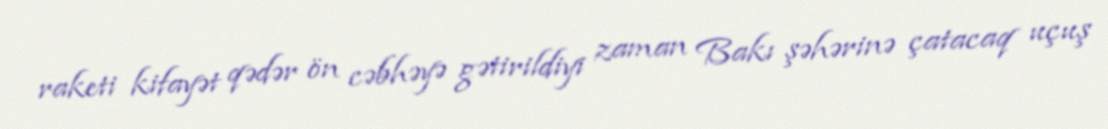
raketi kifayət qədər ön cəbhəyə gətirildiyi zaman Bakı şəhərinə çatacaq uçuş